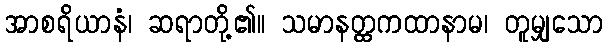
အာစရိယာနံ၊ ဆရာတို့၏။ သမာနတ္ထကထာနာမ၊ တူမျှသော